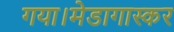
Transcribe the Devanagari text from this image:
गया।मेडागास्कर